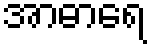
အာဓာရေ